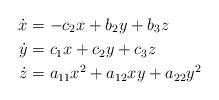
LaTeX: \begin{align*}\dot{x} &= -c_2 x + b_2y + b_3 z \\ \dot{y}&= c_1x + c_2 y + c_3 z \\\dot{z}&= a_{11}x^2 + a_{12} xy + a_{22} y^2\end{align*}